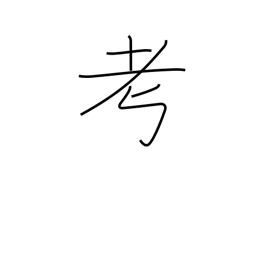
Meaning: think over